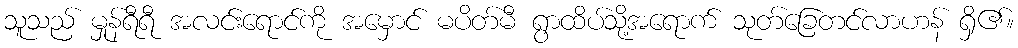
သူသည် မှုန်ရီရီ အလင်းရောင်ကို အမှောင် မပိတ်မီ ရွာထိပ်သို့အရောက် သုတ်ခြေတင်လာဟန် ရှိ၏။